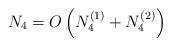
LaTeX: \begin{align*} N_4 = O \left(N_{4}^{(1)} + N_{4}^{(2)} \right) \end{align*}